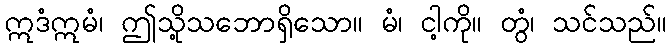
ဣဒံဣမံ၊ ဤသို့သဘောရှိသော။ မံ၊ ငါ့ကို။ တွံ၊ သင်သည်။